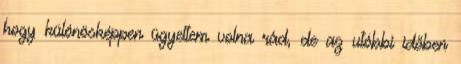
hogy különösképpen ügyeltem volna rád, de az utóbbi időben